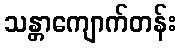
သန္တာကျောက်တန်း